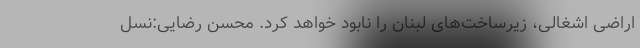
اراضی اشغالی، زیرساخت‌های لبنان را نابود خواهد کرد. محسن رضایی:نسل